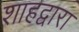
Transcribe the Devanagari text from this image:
शाहद्वारा